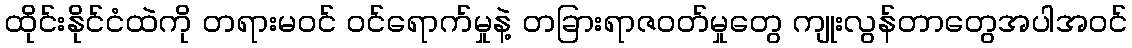
ထိုင်းနိုင်ငံထဲကို တရားမဝင် ဝင်ရောက်မှုနဲ့ တခြားရာဇဝတ်မှုတွေ ကျုးလွန်တာတွေအပါအဝင်